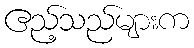
ဧည့်သည်များက